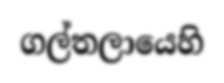
ගල්තලායෙහි